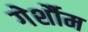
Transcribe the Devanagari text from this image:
गेर्शौम